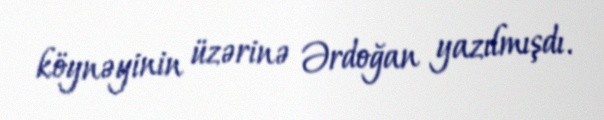
köynəyinin üzərinə Ərdoğan yazılmışdı.